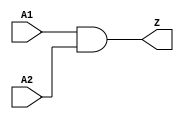
module AND2 (A1, A2, Z);
    input A1, A2;
    output Z;
    and	(Z, A1, A2);		// plain AND gate
    specify
       (A1 => Z)=(5, 3);	// rise and fall times
       (A2 => Z)=(5, 3);
    endspecify
endmodule